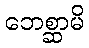
ဘေစ္ဆာမိ